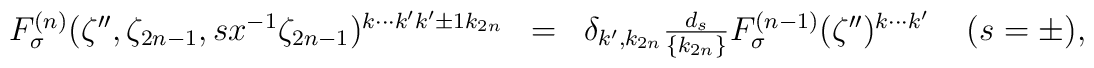
\begin{array}{rcl}F_{\sigma}^{(n)} (\zeta'', \zeta_{2n-1}, sx^{-1}\zeta_{2n-1})^{k\cdots k' k'\pm 1 k_{2n}} &=& \delta_{k',k_{2n}}\frac{d_s}{\{k_{2n}\}} F_{\sigma}^{(n-1)} (\zeta'')^{k\cdots k'} \;\;\;\; (s=\pm ), \end{array}